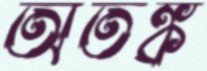
অতঙ্ক